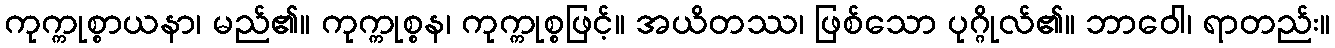
ကုက္ကုစ္စာယနာ၊ မည်၏။ ကုက္ကုစ္စန၊ ကုက္ကုစ္စဖြင့်။ အယိတဿ၊ ဖြစ်သော ပုဂ္ဂိုလ်၏။ ဘာဝေါ၊ ရာတည်း။